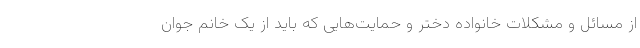
از مسائل و مشکلات خانواده دختر و حمایت‌هایی که باید از یک خانم جوان